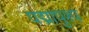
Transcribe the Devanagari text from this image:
पद्मापुश्प